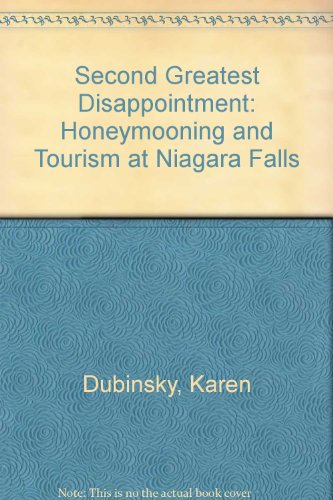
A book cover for Second Greatest Disappointment: Honeymooning and Tourism at Niagara Falls; Karen Dubinsky; Crafts, Hobbies & Home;